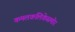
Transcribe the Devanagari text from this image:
कमलकलिकेसमोर